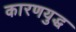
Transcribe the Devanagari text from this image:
कारणयुद्ध